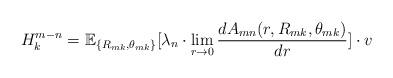
LaTeX: \begin{align*}H_k^{m-n} = \mathbb{E}_{\{R_{mk},\theta_{mk}\}}[\lambda_n\cdot \lim\limits_{r\rightarrow 0}\frac{dA_{mn}(r,R_{mk},\theta_{mk})}{dr}] \cdot v\end{align*}